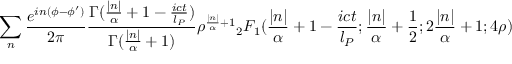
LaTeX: \sum _ { n } \frac { e ^ { i n ( \phi - \phi ^ { \prime } ) } } { 2 \pi } \frac { \Gamma ( \frac { | n | } { \alpha } + 1 - \frac { i c t } { l _ { P } } ) } { \Gamma ( \frac { | n | } { \alpha } + 1 ) } \rho ^ { \frac { | n | } { \alpha } + 1 } { _ 2 F _ { 1 } } ( \frac { | n | } { \alpha } + 1 - \frac { i c t } { l _ { P } } ; \frac { | n | } { \alpha } + \frac { 1 } { 2 } ; 2 \frac { | n | } { \alpha } + 1 ; 4 \rho )